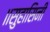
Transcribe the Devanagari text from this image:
॥सुहासिनी